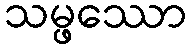
သမ္ဖဿော